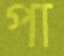
পা